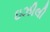
ઇઝીલી